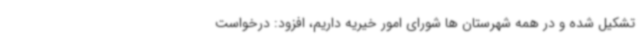
تشکیل شده و در همه شهرستان ها شورای امور خیریه داریم، افزود: درخواست